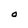
Character: O